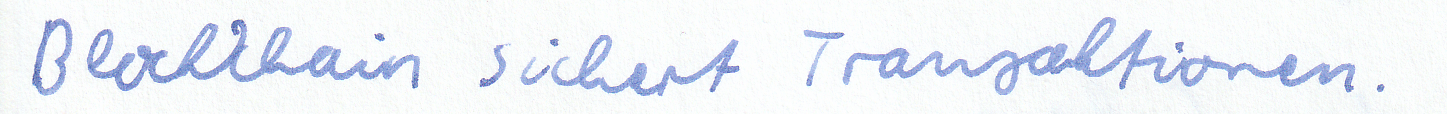
Blockchain sicher Transaktionen.